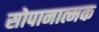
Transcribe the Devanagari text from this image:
सोपानात्मक